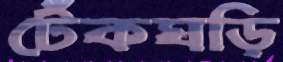
টেঁকঘড়ি